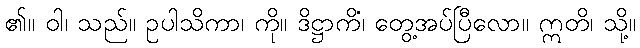
၏။ ဝါ၊ သည်။ ဥပါသိကာ၊ ကို။ ဒိဋ္ဌာကိံ၊ တွေ့အပ်ပြီလော။ ဣတိ၊ သို့။